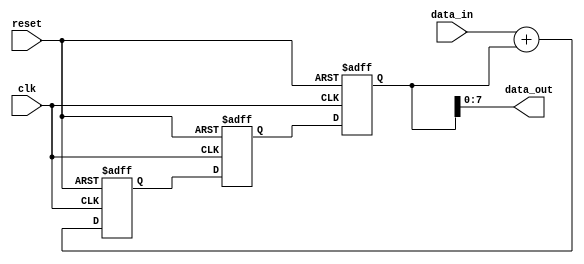
module fixed_point_shift_register(
  input clk,
  input reset,
  input [7:0] data_in,
  output reg [7:0] data_out
);

reg [15:0] reg1;
reg [15:0] reg2;
reg [15:0] reg3;

always @(posedge clk or posedge reset) begin
  if(reset) begin
    reg1 <= 16'b0;
    reg2 <= 16'b0;
    reg3 <= 16'b0;
  end else begin
    reg1 <= data_in + reg3;
    reg2 <= reg1;
    reg3 <= reg2;
  end
end

assign data_out = reg3[7:0];

endmodule